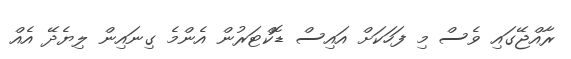
ރާއްޖޭގައި ވެސް މި ފަހަކަށް އައިސް ޑޮކްޓަރުން އެންމެ ގިނައިން ލިޔެދޭ އެއް